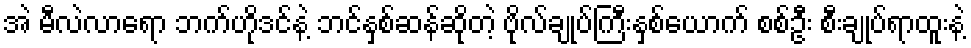
အဲ မီလဲလာရော ဘက်ဟိုဒင်နဲ့ ဘင်နှစ်ဆန်ဆိုတဲ့ ဗိုလ်ချုပ်ကြီးနှစ်ယောက် စစ်ဦး စီးချုပ်ရာထူးနဲ့